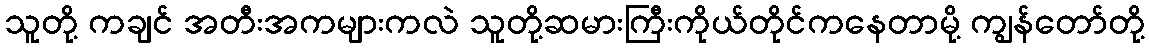
သူတို့ ကချင် အတီးအကများကလဲ သူတို့ဆမားကြီးကိုယ်တိုင်ကနေတာမို့ ကျွန်တော်တို့